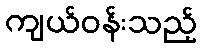
ကျယ်ဝန်းသည့်